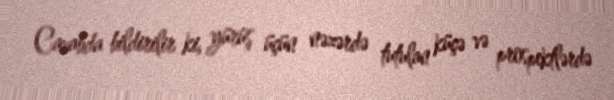
Cavabda bildirilir ki, yürüş üçün nəzərdə tutulan küçə və prospektlərdə